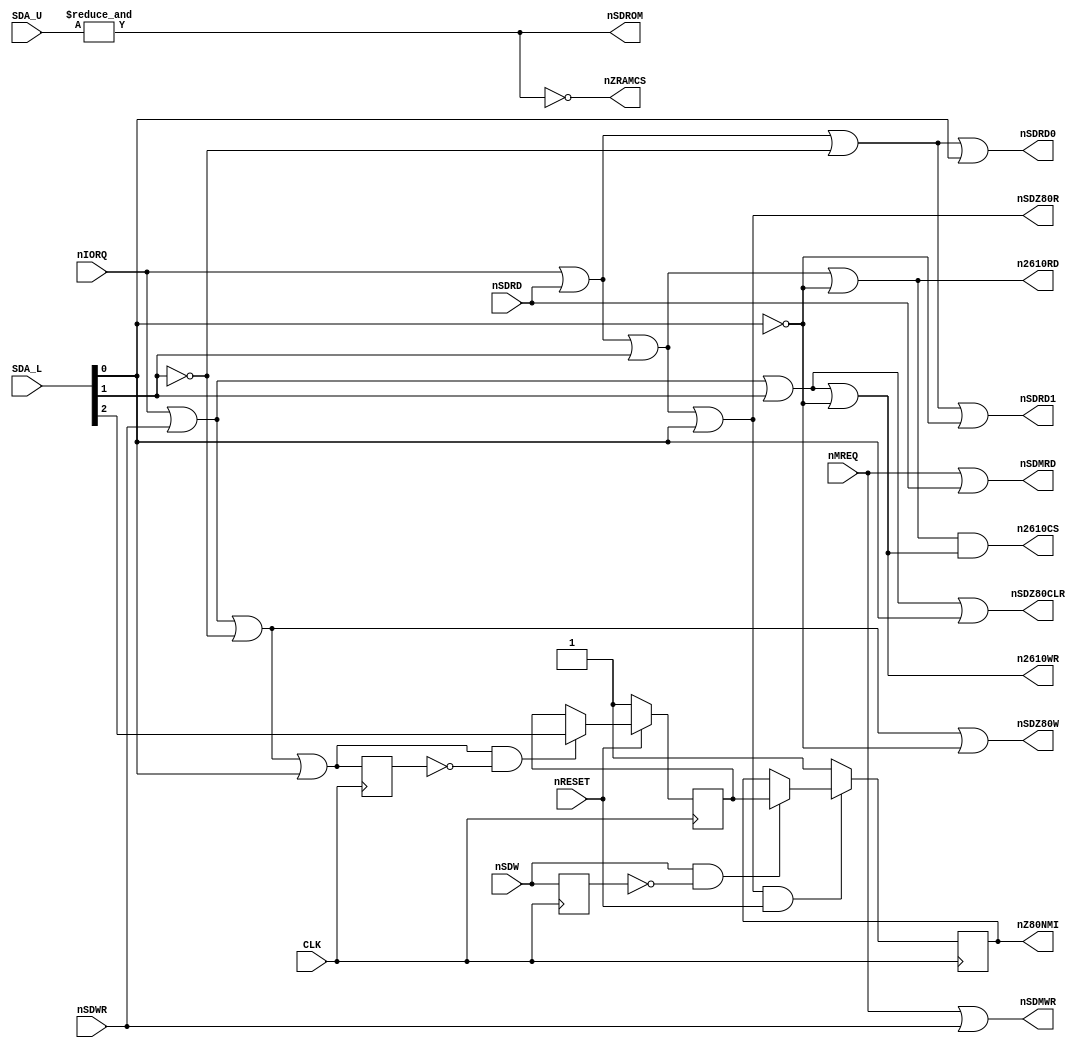
// This program was cloned from: https://github.com/MiSTer-devel/NeoGeo_MiSTer
// License: GNU General Public License v2.0

// NeoGeo logic definition
// Copyright (C) 2018 Sean Gonsalves
//
// This program is free software: you can redistribute it and/or modify
// it under the terms of the GNU General Public License as published by
// the Free Software Foundation, either version 3 of the License, or
// (at your option) any later version.
//
// This program is distributed in the hope that it will be useful,
// but WITHOUT ANY WARRANTY; without even the implied warranty of
// MERCHANTABILITY or FITNESS FOR A PARTICULAR PURPOSE.  See the
// GNU General Public License for more details.
//
// You should have received a copy of the GNU General Public License
// along with this program.  If not, see <https://www.gnu.org/licenses/>.

// Everything here was verified on a MV4 board

module z80ctrl(
	input CLK,
	input [4:2] SDA_L,
	input [15:11] SDA_U,
	input nSDRD, nSDWR,
	input nMREQ, nIORQ,
	input nSDW,						// From NEO-C1
	input nRESET,
	output reg nZ80NMI,
	output nSDZ80R, nSDZ80W,	// To NEO-C1
	output nSDZ80CLR,				// To NEO-C1
	output nSDROM,
	output nSDMRD, nSDMWR,
	output nSDRD0, nSDRD1,
	output n2610CS,
	output n2610RD, n2610WR,
	output nZRAMCS
);

	reg nNMI_EN;
	wire nIORD, nIOWR;
	wire nNMI_SET, nNMI_RESET;
	
	// $0000~$F7FF: ROM
	// $F800~$FFFF: RAM
	assign nSDROM = &{SDA_U};
	assign nZRAMCS = ~nSDROM;

	assign nSDMRD = nMREQ | nSDRD;	// RAM read
	assign nSDMWR = nMREQ | nSDWR;	// RAM write
	
	assign nIORD = nIORQ | nSDRD;		// Port read
	assign nIOWR = nIORQ | nSDWR;		// Port write

	// Port $x0, $x1, $x2, $x3 read
	assign nSDZ80R = (nIORD | SDA_L[3] | SDA_L[2]);
	// Port $x0, $x1, $x2, $x3 write
	assign nSDZ80CLR = (nIOWR | SDA_L[3] | SDA_L[2]);
	
	// Port $x4, $x5, $x6, $x7 read
	assign n2610RD = (nIORD | SDA_L[3] | ~SDA_L[2]);
	// Port $x4, $x5, $x6, $x7 write
	assign n2610WR = (nIOWR | SDA_L[3] | ~SDA_L[2]);
	assign n2610CS = n2610RD & n2610WR;
	
	// Port $x8, $x9, $xA, $xB read
	assign nSDRD0 = (nIORD | ~SDA_L[3] | SDA_L[2]);
	// Port $x8, $x9, $xA, $xB write
	assign nNMI_SET = (nIOWR | ~SDA_L[3] | SDA_L[2]);
	
	// Port $xC, $xD, $xE, $xF read
	assign nSDRD1 = (nIORD | ~SDA_L[3] | ~SDA_L[2]);
	// Port $xC, $xD, $xE, $xF write
	assign nSDZ80W = (nIOWR | ~SDA_L[3] | ~SDA_L[2]);

	assign nNMI_RESET = nSDZ80R & nRESET;
	
	// NMI enable DFF
	reg nNMI_SET_d;
	reg nSDW_d;
	always @(posedge CLK) begin
		nNMI_SET_d <= nNMI_SET;
		nSDW_d <= nSDW;
	end

	always @(posedge CLK)
	begin
		if (!nRESET)
			nNMI_EN <= 1'b1;
		else if (nNMI_SET & !nNMI_SET_d)
			nNMI_EN <= SDA_L[4];
	end
	
	// NMI trig DFF
	always @(posedge CLK)
	begin
		if (!nNMI_RESET)
			nZ80NMI <= 1'b1;
		else if (nSDW & !nSDW_d)
			nZ80NMI <= nNMI_EN;
	end

endmodule